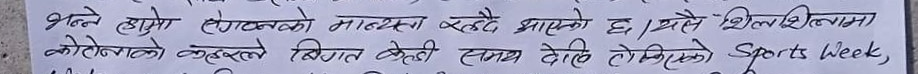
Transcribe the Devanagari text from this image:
भने हामा लेखनको माध्यय्य रहँदै आएको छ। यसै शिलशिलामा
कोरोबाको कबुलले बिगत केही समय देखि लिएको Sports Week,